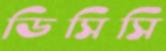
ডিসিসি